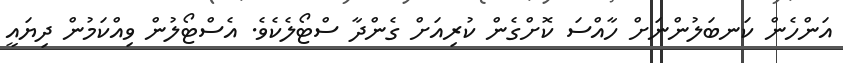
އަންހެން ކަނބަލުންނަށް ހާއްސަ ކޮށްގެން ކުރިއަށް ގެންދާ ސްޓޯލެކެވެ. އެސްޓޯލުން ވިއްކަމުން ދިޔައީ